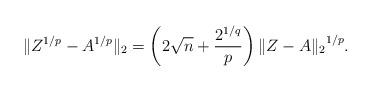
LaTeX: \begin{align*}\|Z^{1/p}-{A}^{1/p}\|_2=\left(2\sqrt{n}+\frac{2^{1/q}}{p}\right){\|Z-A\|_2}^{1/p}.\end{align*}